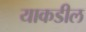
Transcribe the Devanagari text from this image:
याकडील